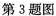
第3题图